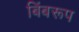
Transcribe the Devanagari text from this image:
बिंबरूप